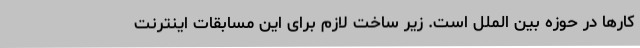
کارها در حوزه بین الملل است. زیر ساخت لازم برای این مسابقات اینترنت